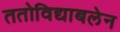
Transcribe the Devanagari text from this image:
ततोविद्याबलेन